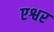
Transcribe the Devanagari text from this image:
एश्वर